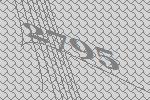
2795